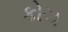
કોચ